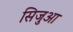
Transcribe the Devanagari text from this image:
सिजुआ